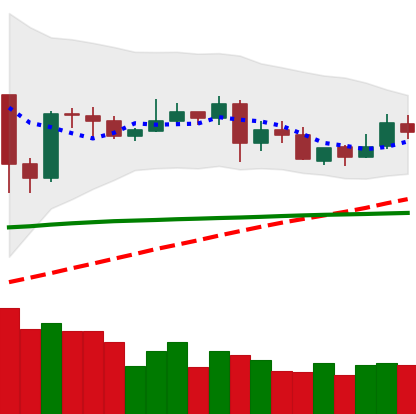
Ticker: XLM-USD
Chart end date: 2020-05-29
Forward return: 21.74%
Label: up_7plus